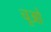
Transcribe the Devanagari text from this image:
चूओ